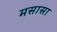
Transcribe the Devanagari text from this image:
मसासा